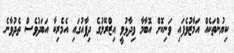
ކިޔުންތަކެއް އަމާޒުވެފައި ވަނިކޮށް އޮބާމާ ވިދާޅުވީ އިޒްރޭލުގެ ދިފާއުގައި އެމެރިކާ އަބަދުވެސް ތެދުވާނެ